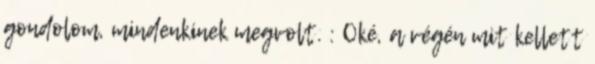
gondolom, mindenkinek megvolt. : Oké, a végén mit kellett